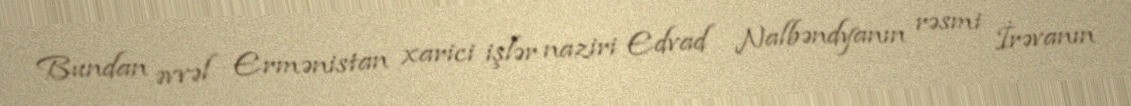
Bundan əvvəl Ermənistan xarici işlər naziri Edvad Nalbəndyanın rəsmi İrəvanın